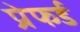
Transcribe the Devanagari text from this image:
प्रेफर्ड